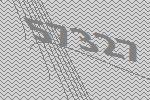
57327